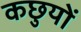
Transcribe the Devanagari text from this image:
कछुयों